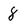
Character: 8